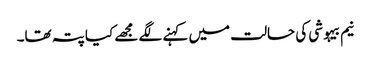
نیم بیہوشی کی حالت میں کہنے لگے مجھے کیا پتہ تھا۔